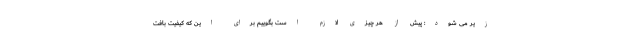
زیر می شود: پیش از هر چیزی لازم است بگوییم برای این که کیفیت بافت